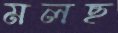
মলছ